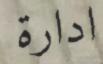
ادارة